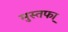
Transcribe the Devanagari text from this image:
मुस्तफा़